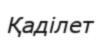
Қаділет